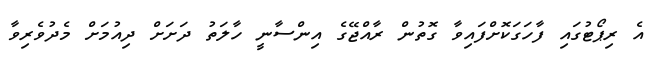
އެ ރިޕޯޓުގައި ފާހަގަކޮށްފައިވާ ގޮތުން ރާއްޖޭގެ އިންސާނީ ހާލަތު ދަށަށް ދިއުމަށް މެދުވެރިވާ